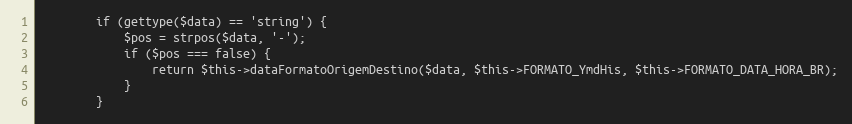
Language: PHP
        if (gettype($data) == 'string') {
            $pos = strpos($data, '-');
            if ($pos === false) {
                return $this->dataFormatoOrigemDestino($data, $this->FORMATO_YmdHis, $this->FORMATO_DATA_HORA_BR);
            }
        }